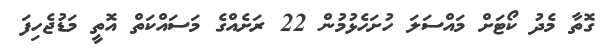
ގޮތާ މެދު ކޯޓަށް މައްސަލަ ހުށަހެޅުމުން 22 ރަށެއްގެ މަސައްކަތް އޮތީ މަޑުޖެހިފަ